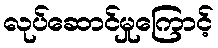
လုပ်ဆောင်မှုကြောင့်